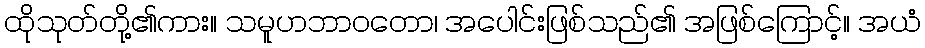
ထိုသုတ်တို့၏ကား။ သမူဟဘာဝတော၊ အပေါင်းဖြစ်သည်၏ အဖြစ်ကြောင့်။ အယံ